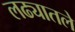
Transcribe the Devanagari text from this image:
लढ्यातले